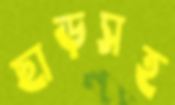
ছাড়সহ